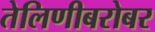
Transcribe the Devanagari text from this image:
तेलिणीबरोबर